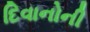
દિવાનોની